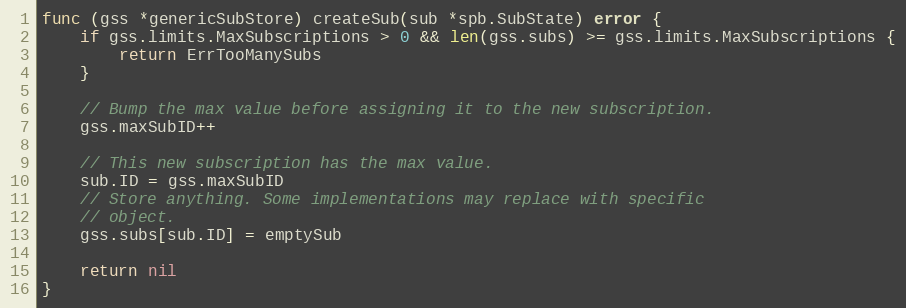
Language: Go
func (gss *genericSubStore) createSub(sub *spb.SubState) error {
	if gss.limits.MaxSubscriptions > 0 && len(gss.subs) >= gss.limits.MaxSubscriptions {
		return ErrTooManySubs
	}

	// Bump the max value before assigning it to the new subscription.
	gss.maxSubID++

	// This new subscription has the max value.
	sub.ID = gss.maxSubID
	// Store anything. Some implementations may replace with specific
	// object.
	gss.subs[sub.ID] = emptySub

	return nil
}